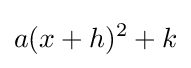
a(x+h)^{2}+k